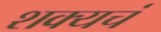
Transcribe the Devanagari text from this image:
शक्यचं